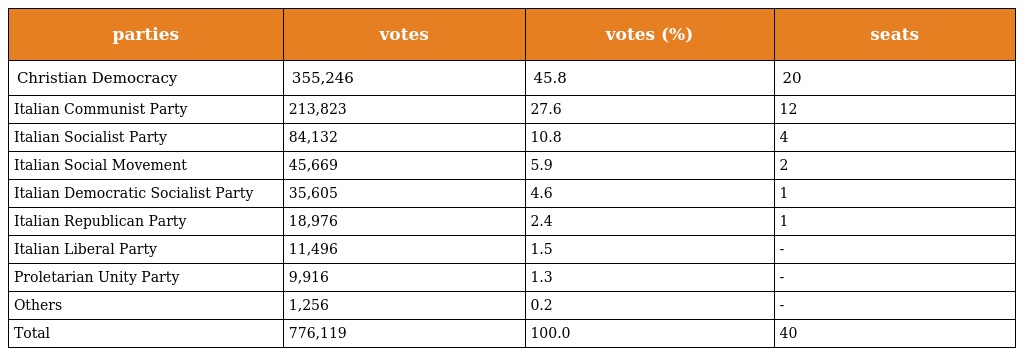
| parties | votes | votes (%) | seats |
 | --- | --- | --- | --- |
 | Christian Democracy | 355,246 | 45.8 | 20 |
 | Italian Communist Party | 213,823 | 27.6 | 12 |
 | Italian Socialist Party | 84,132 | 10.8 | 4 |
 | Italian Social Movement | 45,669 | 5.9 | 2 |
 | Italian Democratic Socialist Party | 35,605 | 4.6 | 1 |
 | Italian Republican Party | 18,976 | 2.4 | 1 |
 | Italian Liberal Party | 11,496 | 1.5 | - |
 | Proletarian Unity Party | 9,916 | 1.3 | - |
 | Others | 1,256 | 0.2 | - |
 | Total | 776,119 | 100.0 | 40 |